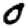
Digit: 0